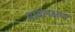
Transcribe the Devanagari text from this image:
भावलक्षण